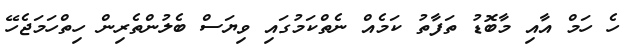
ހެ ހަމް އާއި މާބޮޑު ތަފާތު ކަމެއް ނެތްކަމުގައި ވިޔަސް ބެލުންތެރިން ހިތްހަމަޖެހޭ